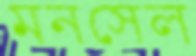
মনসেল